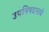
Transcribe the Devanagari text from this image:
उपनिषदनाचे